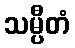
သမ္ပီတံ